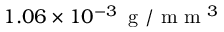
1 . 0 6 \times 1 0 ^ { - 3 } \, \mathrm { ~ g ~ } / \mathrm { ~ m ~ m ~ } ^ { 3 }